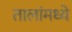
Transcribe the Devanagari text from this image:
तालांमध्ये